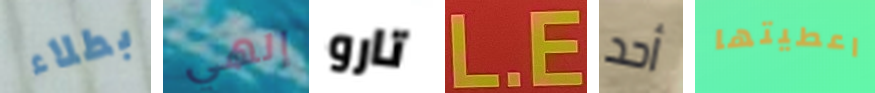
بطلاء إلهي تارو L.E أحد اعطيتها